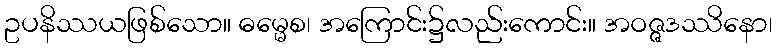
ဥပနိဿယဖြစ်သော။ ဓမ္မေစ၊ အကြောင်း၌လည်းကောင်း။ အဝဇ္ဇဒဿိနော၊